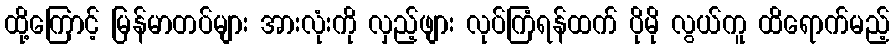
ထို့ကြောင့် မြန်မာတပ်များ အားလုံးကို လှည့်ဖျား လုပ်ကြံရန်ထက် ပိုမို လွယ်ကူ ထိရောက်မည့်